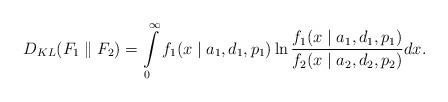
\begin{align*} D_{KL} (F_1 \parallel F_2) = \int\limits_{0}^{\infty} f_1(x \mid a_1, d_1, p_1) \ln \frac{f_1(x \mid a_1, d_1, p_1)}{f_2(x \mid a_2, d_2, p_2)} dx.\end{align*}